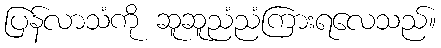
ပြန်လာသံကို ဆူဆူညံညံကြားရလေသည်။